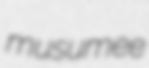
musumee